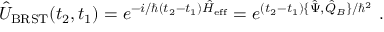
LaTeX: \hat { U } _ { \mathrm { B R S T } } ( t _ { 2 } , t _ { 1 } ) = e ^ { - i / \hbar ( t _ { 2 } - t _ { 1 } ) \hat { H } _ { \mathrm { e f f } } } = e ^ { ( t _ { 2 } - t _ { 1 } ) \{ \hat { \Psi } , \hat { Q } _ { B } \} / \hbar ^ { 2 } } \ .